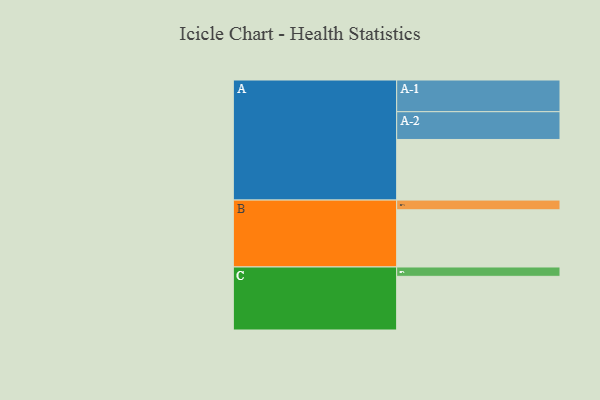
{"axis": {"x": "Segment", "y": "Value"}, "legend": ["", "A", "B", "C"], "data": [{"x": "A", "y": 480, "type": ""}, {"x": "B", "y": 453, "type": ""}, {"x": "C", "y": 425, "type": ""}, {"x": "A-1", "y": 251, "type": "A"}, {"x": "A-2", "y": 220, "type": "A"}, {"x": "B-1", "y": 77, "type": "B"}, {"x": "C-1", "y": 74, "type": "C"}]}